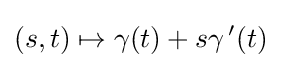
(s,t)\mapsto \gamma (t)+s\gamma {\,'}(t)